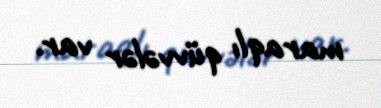
maraqlı qüvvələr var.